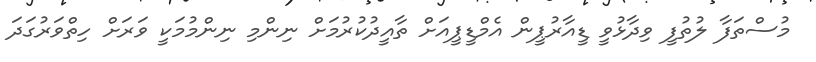
މުސްތަފާ ލުތުފީ ވިދާޅުވީ ޑީއާރުޕީން އެމްޑީޕީއަށް ތާއީދުކުރުމަށް ނިންމި ނިންމުމަކީ ވަރަށް ހިތްވަރުގަދަ